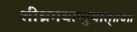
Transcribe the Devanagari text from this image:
शीघ्रमवाप्नुयात्॥४॥